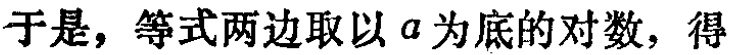
于是，等式两边取以 \(a\) 为底的对数，得